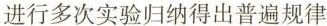
进行多次实验归纳得出普遍规律